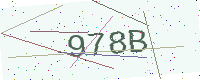
Text: 978B